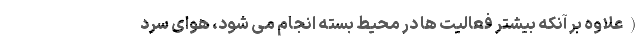
(علاوه بر آنکه بیشتر فعالیت ها در محیط بسته انجام می شود، هوای سرد